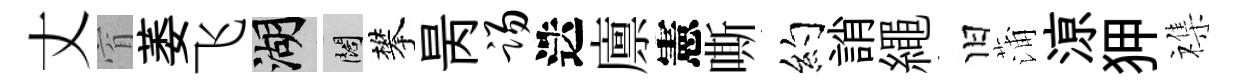
丈窅萎飞湖闊攀昺踢迭廪憲嘶约誚繩旧蒲鿌狎襍